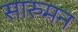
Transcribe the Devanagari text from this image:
सारुमन